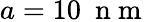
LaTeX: a=10~\mathrm{~n~m~}